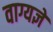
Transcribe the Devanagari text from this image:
वाग्यज्ञे